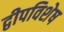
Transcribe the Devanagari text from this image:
द्वीपविशेष